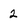
Character: 2